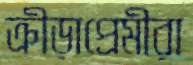
ক্রীড়াপ্রেমীরা